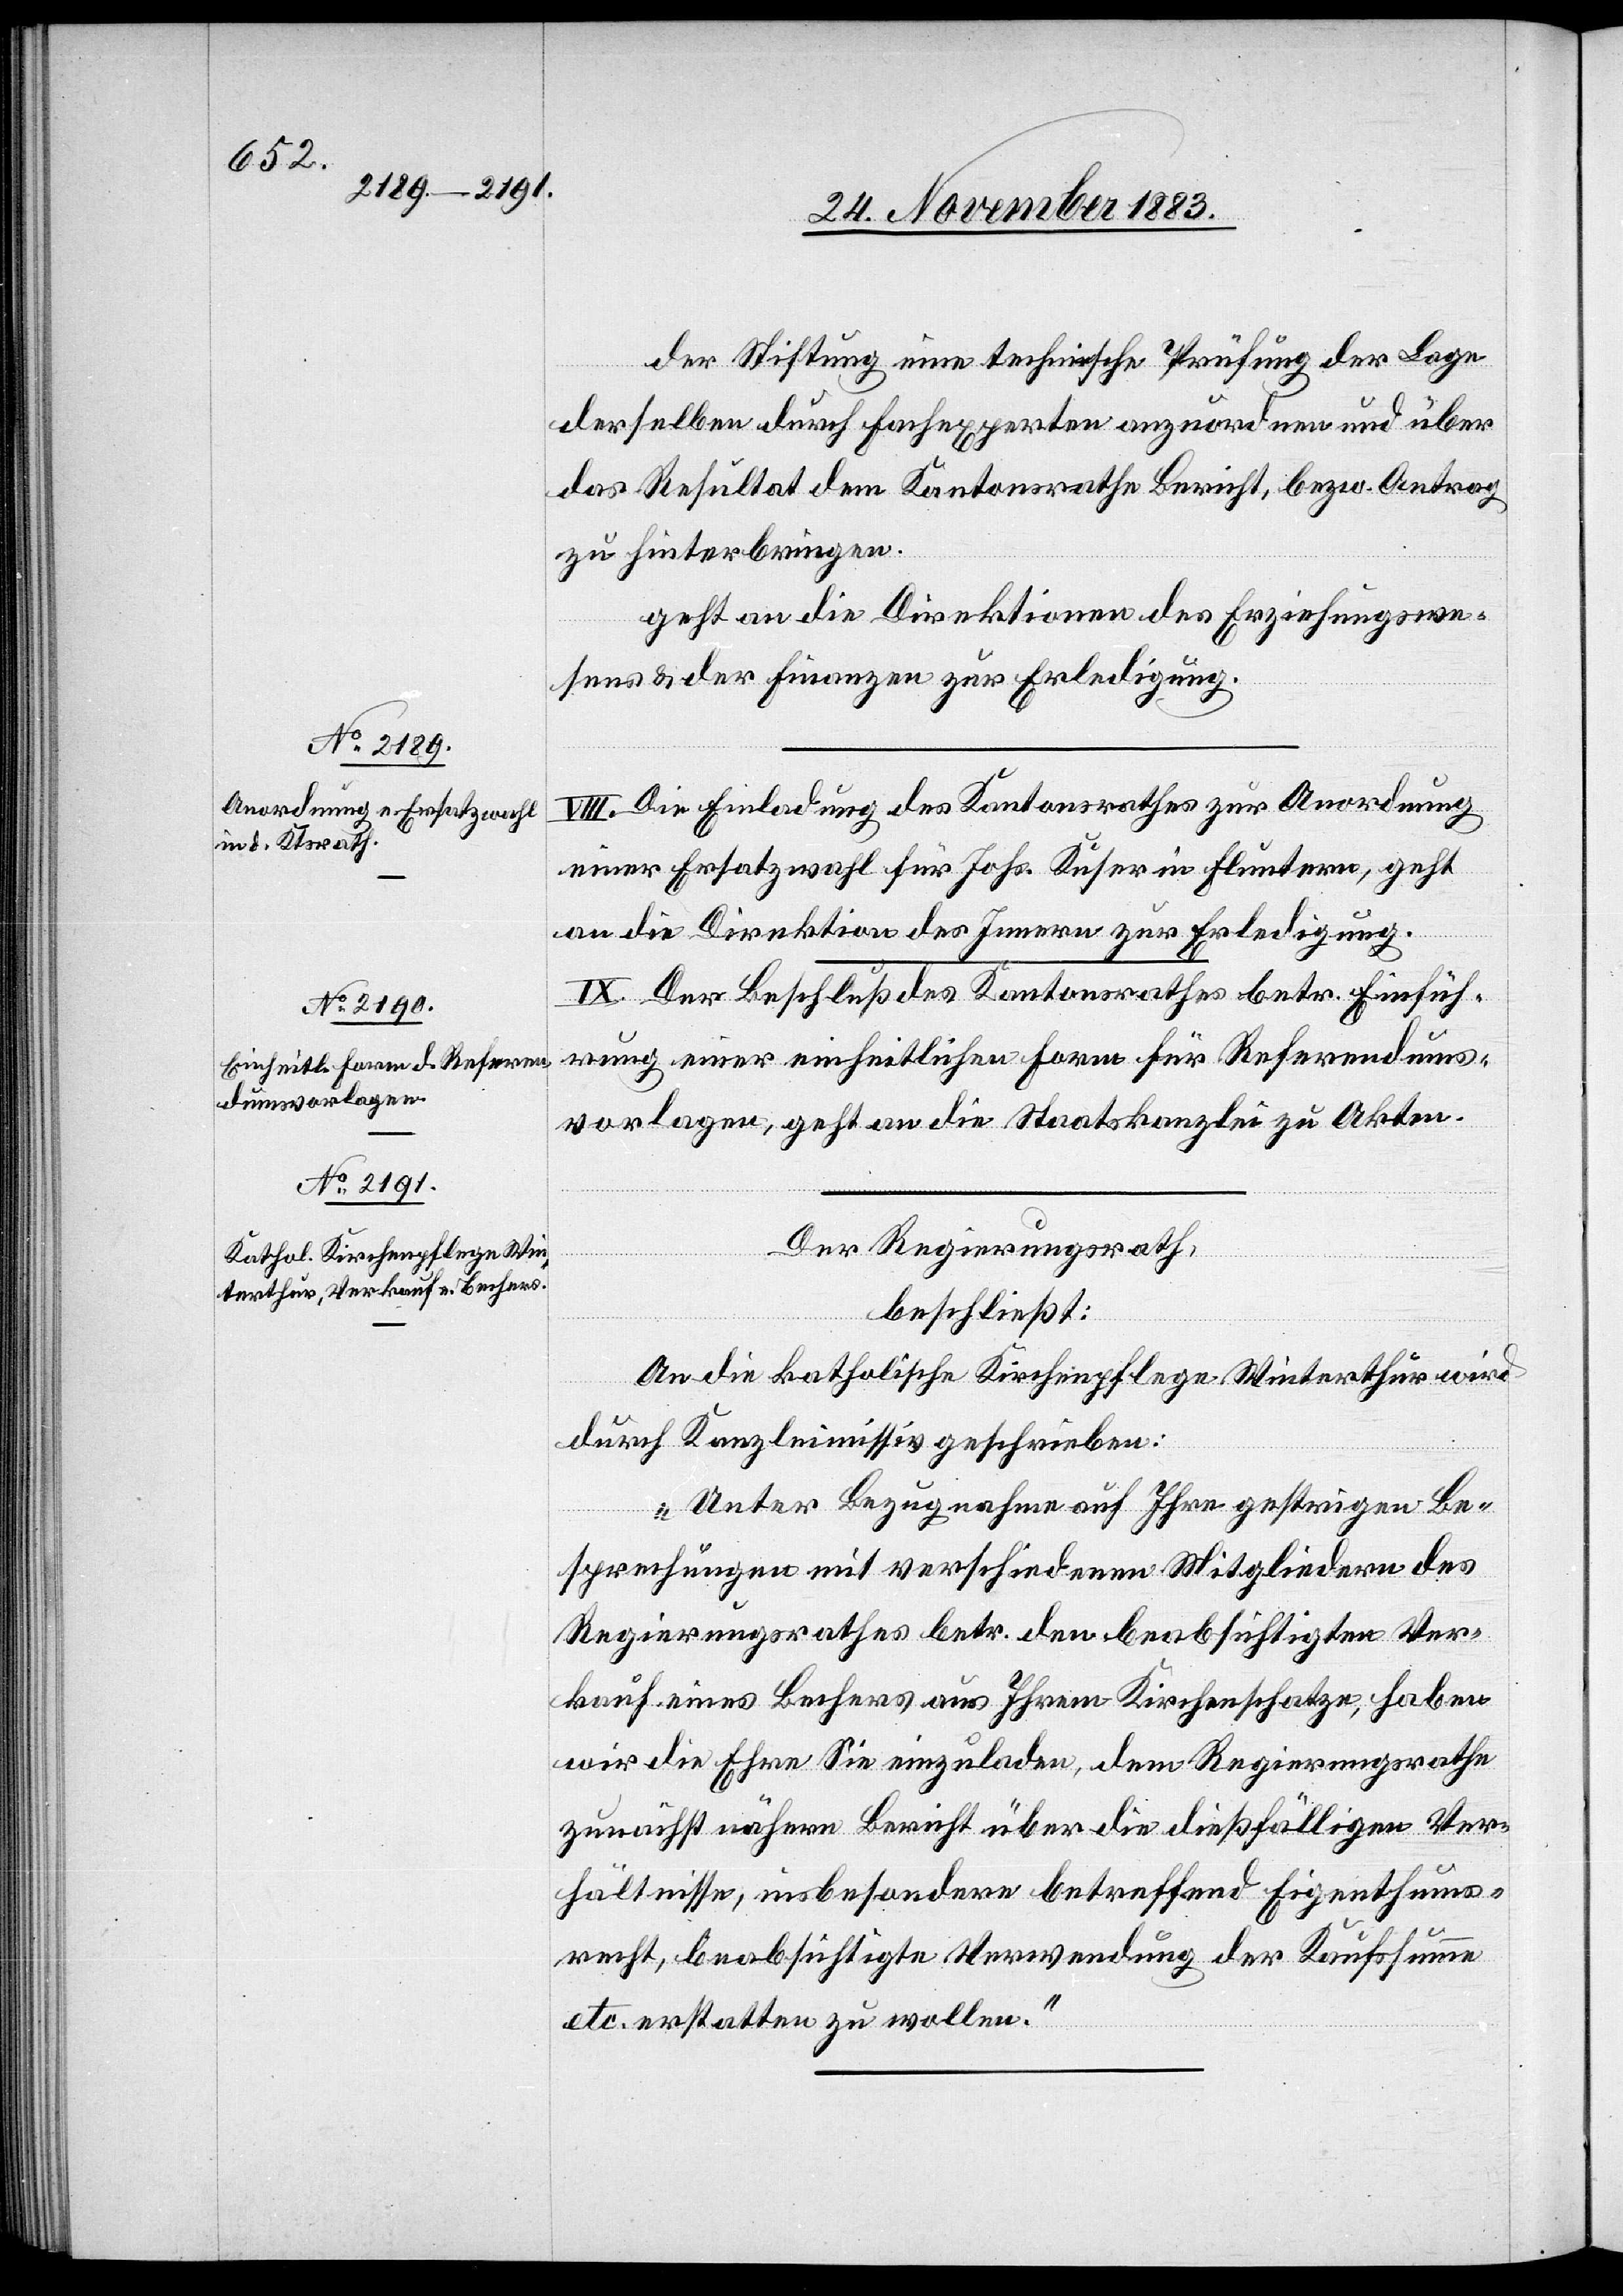
der Stiftung eine technische Prüfung der Lage
derselben durch Fachexperten anzuordnen und über
das Resultat dem Kantonsrathe Bericht, bezw. Antrag
zu hinterbringen.
geht an die Direktion des Erziehungswe¬
sens & der Finanzen zur Erledigung.
VIII. Die Einladung des Kantonsrathes zur Anordnung
einer Ersatzwahl für Johs. Kuser in Fluntern, geht
an die Direktion des Innern zur Erledigung.
IX. Der Beschluß des Kantonsrathes betr. Einfüh¬
rung einer einheitlichen Form für Referendums¬
vorlagen, geht an die Staatskanzlei zu Akten.
Der Regierungsrath,
beschließt:
An die katholische Kirchenpflege Winterthur wird
durch Kanzleimissiv geschrieben:
„Unter Bezugnahme auf Ihre gestrigen Be¬
sprechungen mit verschiedenen Mitgliedern des
Regierungsrathes betr. den beabsichtigen Ver¬
kauf eines Bechers aus Ihrem Kirchenschatze, haben
wir die Ehre Sie einzuladen, dem Regierungsrathe
zunächst nähern Bericht über die dießfälligen Ver¬
hältnisse, insbesondere betreffend Eigenthums¬
recht, beabsichtigte Verwendung der Kaufsumme
etc. erstatten zu wollen.“